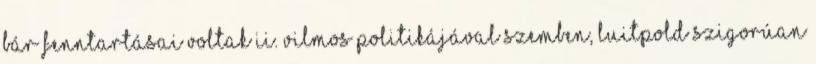
Bár fenntartásai voltak II. Vilmos politikájával szemben, Luitpold szigorúan